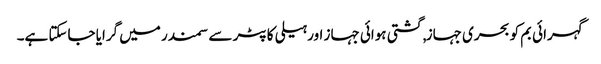
گہرائی بم کو بحری جہاز, گشتی ہوائی جہاز اور ہیلی کاپٹر سے سمندر میں گرایا جاسکتا ہے۔